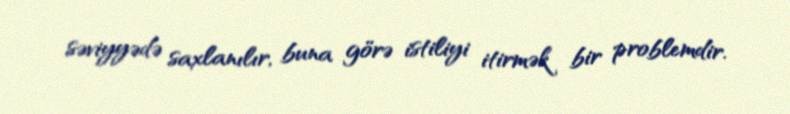
səviyyədə saxlanılır, buna görə istiliyi itirmək bir problemdir.